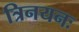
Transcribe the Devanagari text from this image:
त्रिनयनः